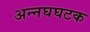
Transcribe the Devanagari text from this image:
अन्नघघटक